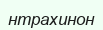
нтрахинон